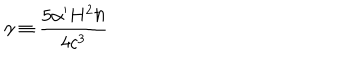
LaTeX: \gamma \equiv \frac { 5 \alpha ^ { \prime } H ^ { 2 } \hbar } { 4 c ^ { 3 } }